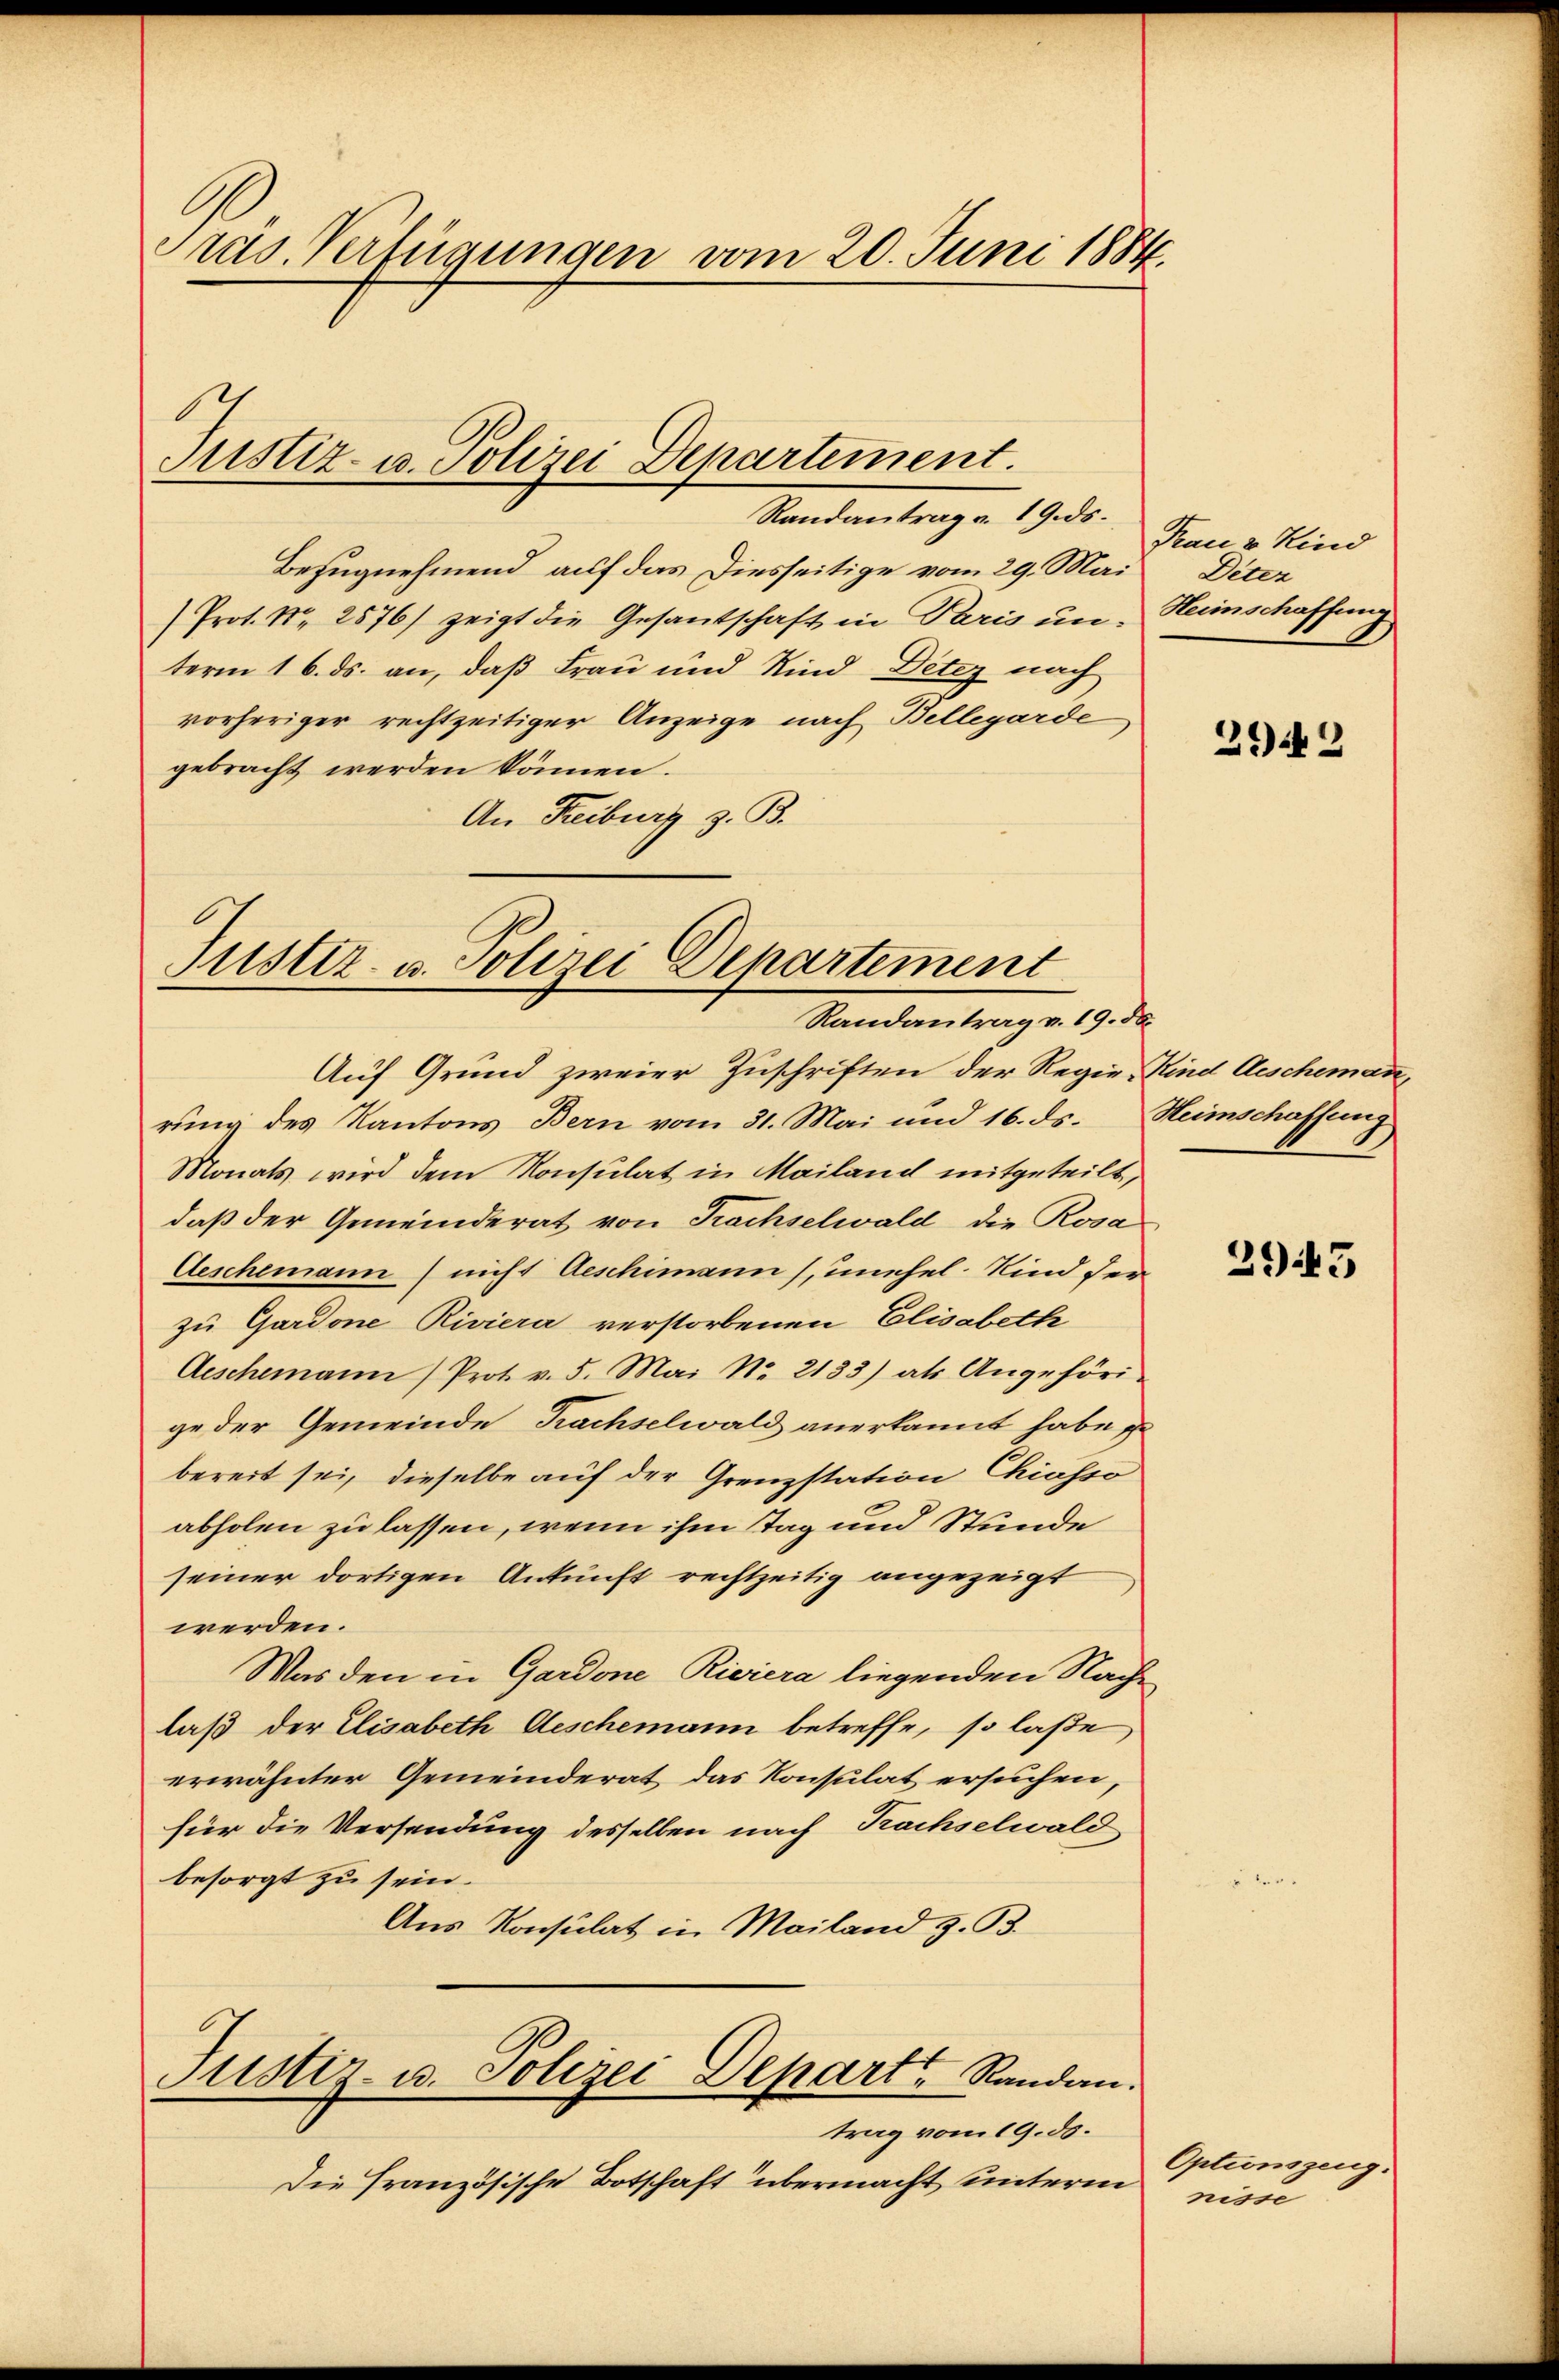
Pras Verfügungen vom 20. Juni 1884.

Justiz- u. Polizei Departement.

Standentrage 1930.
Bezugnehmend auf das Diesseitige vom 29. Mai Deter
(Prot. Nr. 2576) zeigt die Gesantschaft in Paris un-
term 16. ds. an, daß Frau und Kind Deter nach
vorheriger rechtzeitiger Anzeige nach Bellegarde
gebracht werden können.
An Freiburg z. B.

Justiz- u. Polizei Departement
Randantrag v. 19. ds.

Auf Grund zweier Zuschriften der Regie-Kind Aescheman
rung des Kantons Bern vom 31. Mai und 16. ds. Heimschaffung
Monats wird dem Konsulat in Mailand mitgeteilt,
daß der Gemeinderat von Krachselwald die Rosa-
Aeschemann nicht Geschimann), unehel. Kind der
zu Gardone Riviera verstorbenen Elisabeth
Aeschemann) Prot. v. 5. Mai Nr. 2133) als Angehöri-
ge der Gemeinde Trachselwald anerkannt habe
bereit sei, dieselbe auf der Grenzstation Chiasso
abholen zu lassen, wenn ihm Tag und Stunde
seiner dortigen Ankunft rechtzeitig angezeigt
werden.
Was den in Gardone Riviera liegenden Nachlaß der Elisabeth Aeschemann betreffe, so laße
erwähnter Gemeinderat, das Konsulat ersuchen,
für die Versendung desselben nach Kachselwald
besorgt zu sein.
Aus Konsulat in Mailand z. B.
Justiz- u. Polizei Depart Randen.
trag vom 19. ds.
Die Französische Botschaft übermacht unterm

Frau & Kind
Heiinschaffung

2942

395

Optionszeug.
nisse